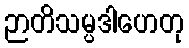
ဉာတိသမ္ပဒါဟေတု